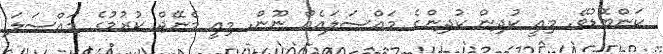
ކަންބޮޑުވޭ. މިއީ ކުދިން ކުދިންގެ މައްސަލައެއް ނޫން. މިއީ މެނޭޖް ކުރުމުގެ މައްސަލަ